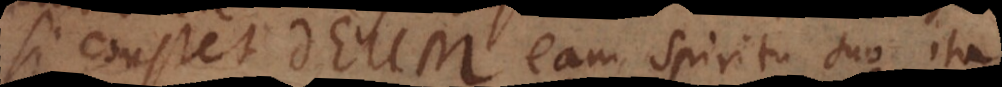
si constet Deum eam Spiritu suo ita